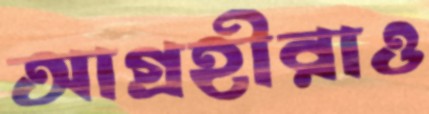
আগ্রহীরাও